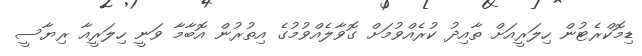
ޑިމޮކްރެޓުން ހިލަރީއަށް ތާއިދު ކުރެއްވުމަށް ގޮވާލެއްވުމުގެ އިތުރުން އޮބާމާ ވަނީ ހިލަރީއާ ރިޔާސީ